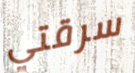
سرقتي